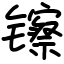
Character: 镲